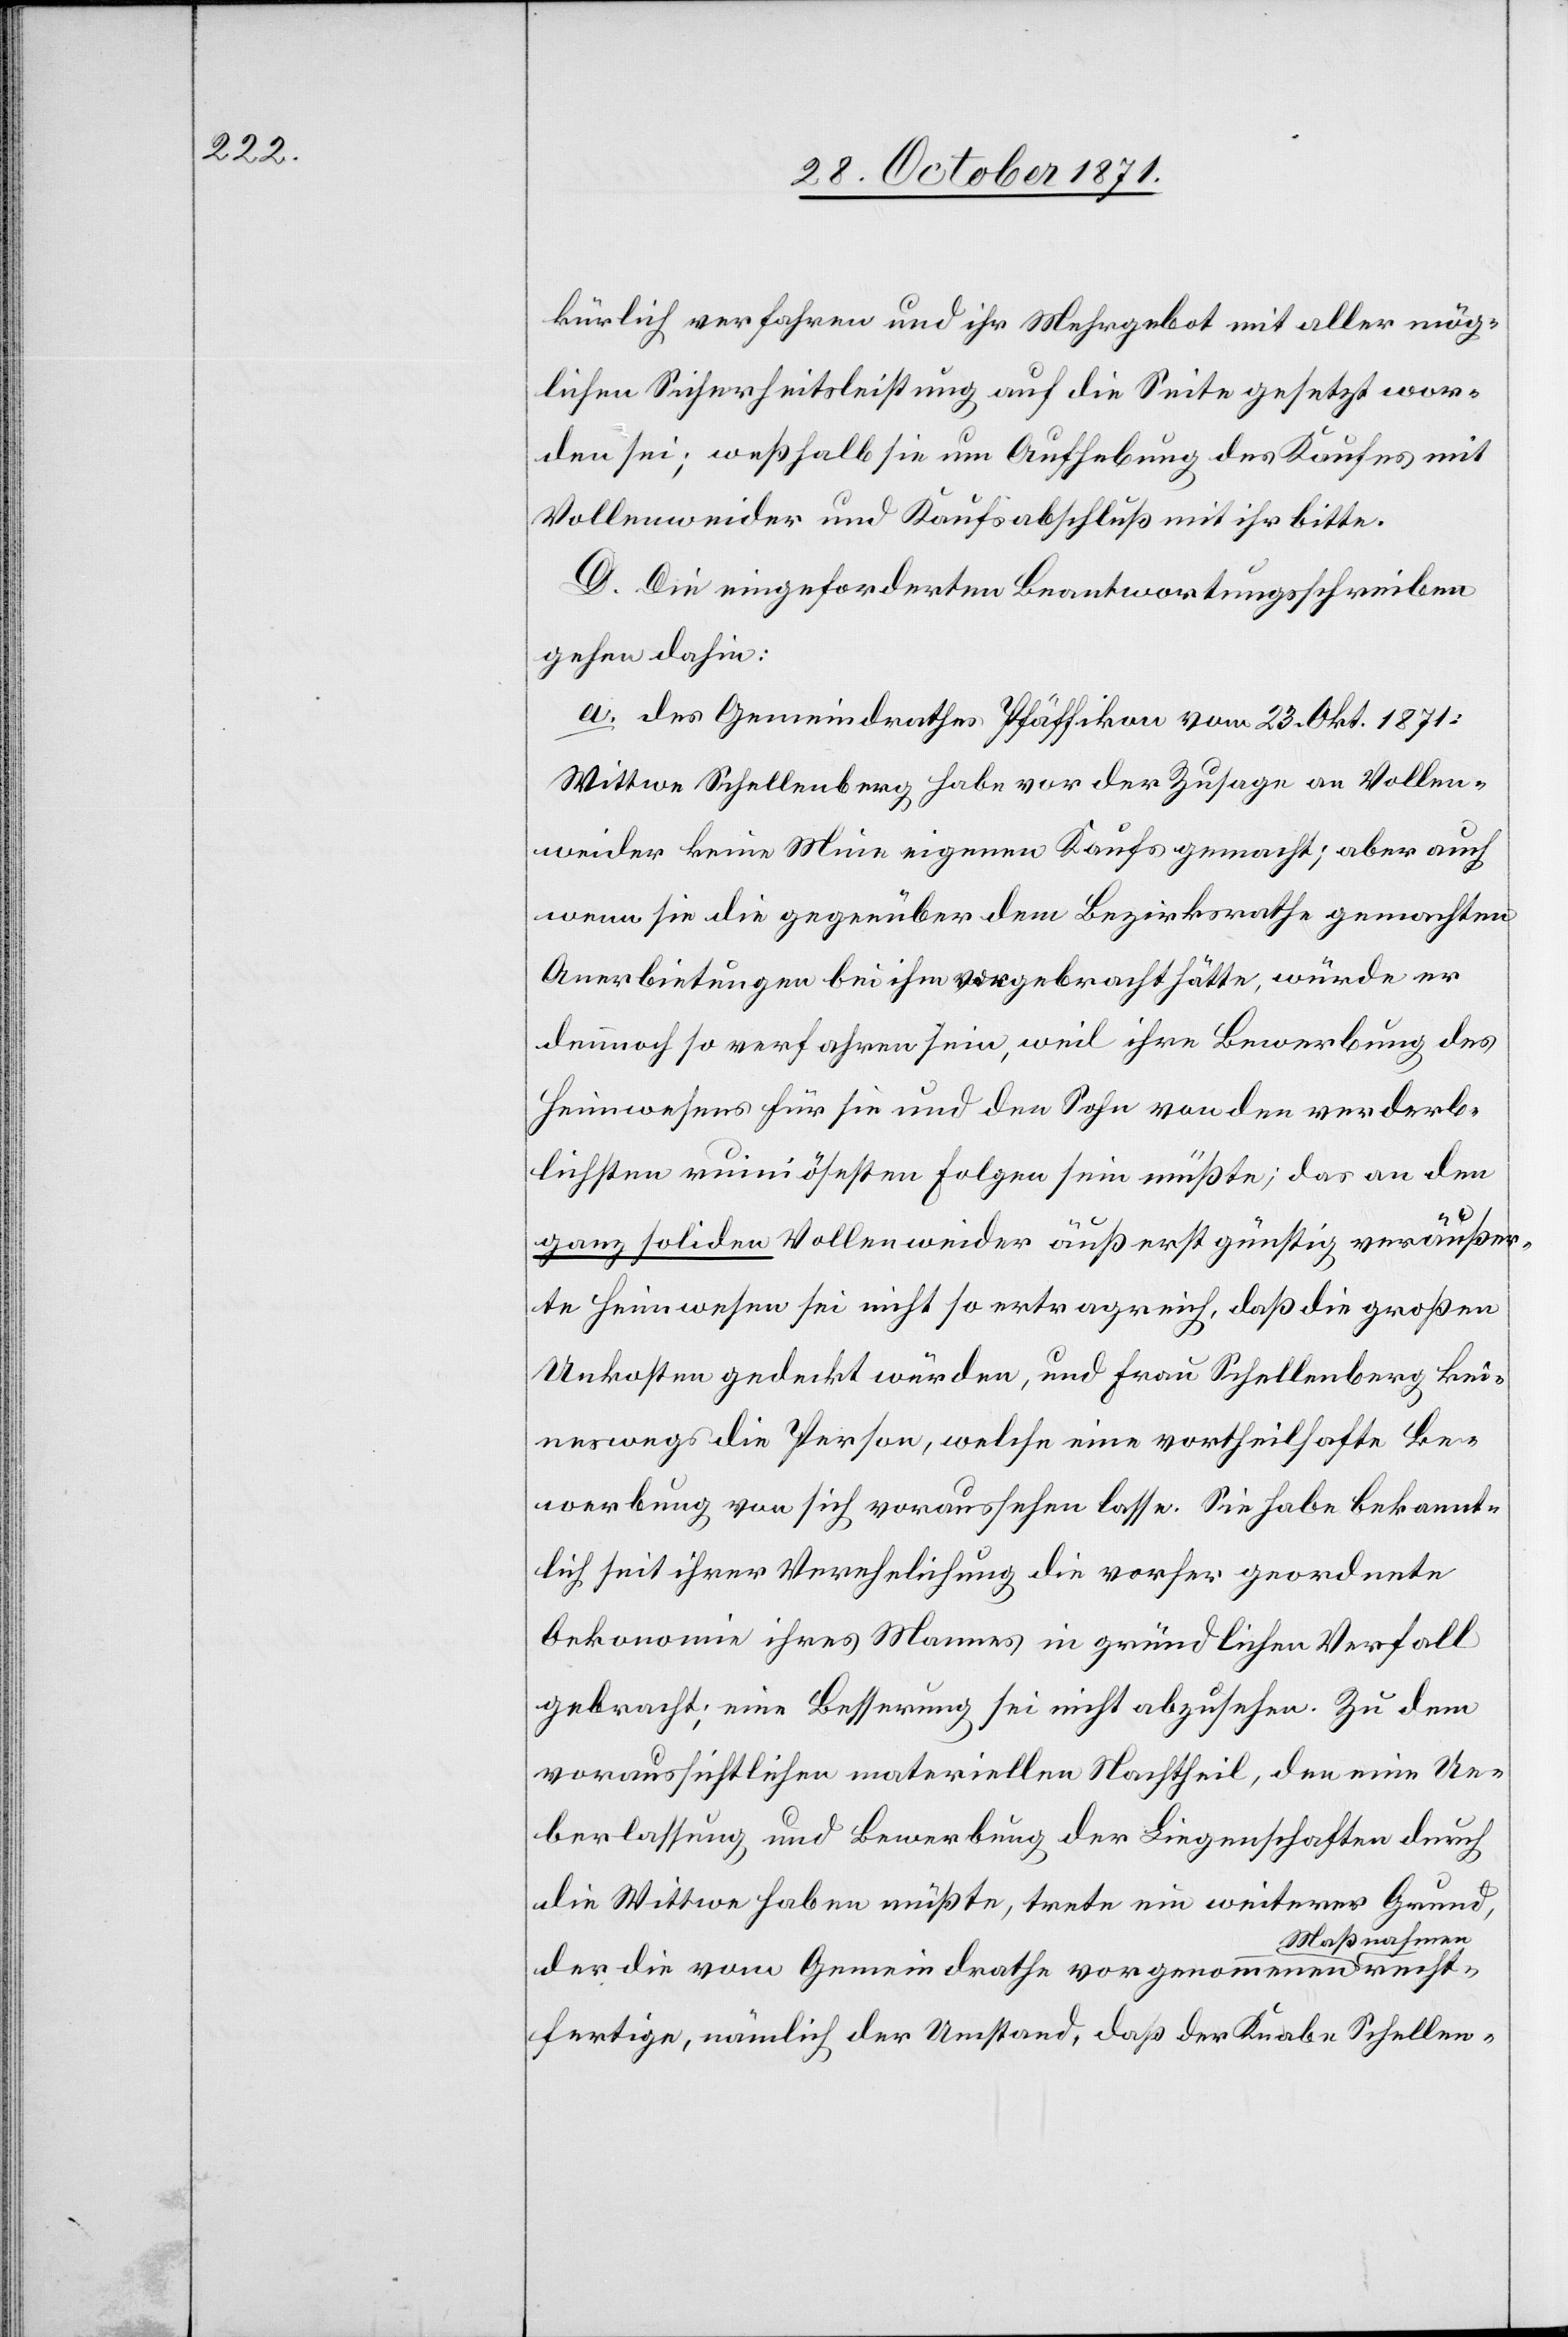
recht¬

kürlich verfahren und ihr Mehrgebot mit aller mög¬
lichen Sicherheitsleistung auf die Seite gesetzt wor¬
den sei; weßhalb sie um Aufhebung des Kaufes mit
Vollenweider und Kaufsabschluß mit ihr bitte.
D. Die eingeforderten Beantwortungsschreiben
gehen dahin:
a. des Gemeindrathes Pfäffikon vom 23. Okt. 1871:
Wittwe Schellenberg habe vor der Zusage an Vollen¬
weider keine Mine eigenen Kaufs gemacht; aber auch
wenn sie die gegenüber dem Bezirksrathe gemachten
Anerbietungen bei ihm vorgebracht hätte, würde er
dennoch so verfahren sein, weil ihre Bewerbung des
Heimwesens für sie und den Sohn von den verderb¬
lichsten ruinösesten Folgen sein müßte, das an den
ganz soliden Vollenweider äußerst günstig veräußer¬
te Heimwesen sei nicht so ertragreich, daß die großen
Unkosten gedeckt würden, und Frau Schellenberg kei¬
neswegs die Person, welche eine vorheilhafte Be¬
werbung von sich voraussehen lasse. Sie habe bekannt¬
lich seit ihrer Verehelichung die vorher geordnete
Oekonomie ihres Mannes in gründlichen Verfall
gebracht: eine Besserung sei nicht abzusehen. Zu dem
voraussichtlichen materiellen Nachtheil, den eine Ue¬
berlassung und Bewerbung der Liegenschaften durch
die Wittwe haben müßte, trete ein weiterer Grund,
Maßnahmen
der die vom Gemeindrathe vorgenommenen
fertige, nämlich der Umstand, daß der Knabe Schellen-